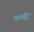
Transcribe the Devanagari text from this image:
७०वीं